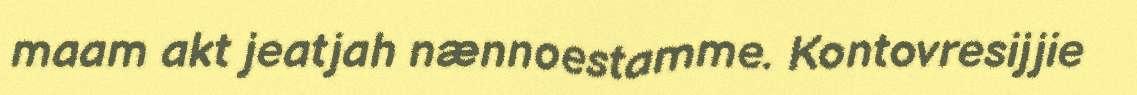
maam akt jeatjah nænnoestamme. Kontovresijjie